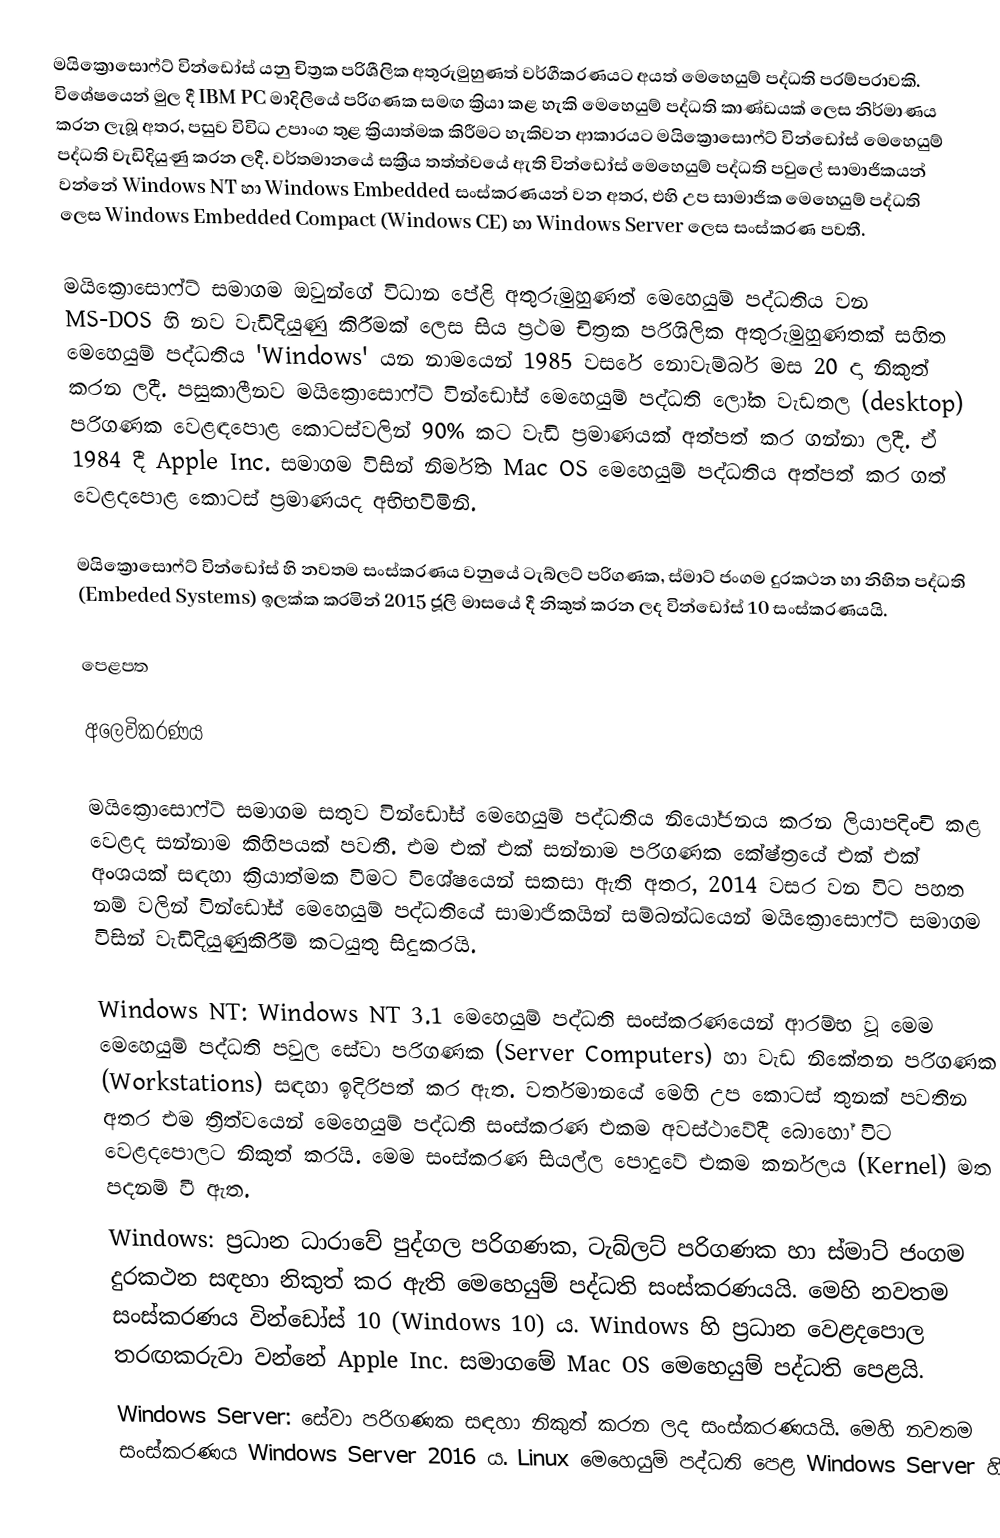
මයික්‍රොසොෆ්ට් වින්ඩෝස් යනු චිත්‍රක පරිශීලික අතුරුමුහුණත් වර්ගීකරණයට අයත් මෙහෙයුම් පද්ධති පරම්පරාවකි. විශේෂයෙන් මුල දී IBM PC මාදිලියේ පරිගණක සමඟ ක්‍රියා කළ හැකි මෙහෙයුම් පද්ධති කාණ්ඩයක් ලෙස නිර්මාණය කරන ලැබූ අතර, පසුව විවිධ උපාංග තුළ ක්‍රියාත්මක කිරීමට හැකිවන ආකාරයට මයික්‍රොසොෆ්ට් වින්ඩෝස් මෙහෙයුම් පද්ධති වැඩිදියුණු කරන ලදී. වර්තමානයේ සක්‍රීය තත්ත්වයේ ඇති වින්ඩෝස් මෙහෙයුම් පද්ධති පවුලේ සාමාජිකයන් වන්නේ Windows NT හා Windows Embedded සංස්කරණයන් වන අතර, එහි උප සාමාජික මෙහෙයුම් පද්ධති ලෙස Windows Embedded Compact (Windows CE) හා Windows Server ලෙස සංස්කරණ පවතී.

මයික්‍රොසොෆ්ට් සමාගම ඔවුන්ගේ විධාන පේළි අතුරුමුහුණත් මෙහෙයුම් පද්ධතිය වන MS-DOS හි නව වැඩිදියුණු කිරීමක් ලෙස සිය ප්‍රථම චිත්‍රක පරිශිලික අතුරුමුහුණතක් සහිත මෙහෙයුම් පද්ධතිය 'Windows' යන නාමයෙන් 1985 වසරේ නොවැම්බර් මස 20 දා නිකුත් කරන ලදී. පසුකාලීනව මයික්‍රොසොෆ්ට් වින්ඩෝස් මෙහෙයුම් පද්ධති ලෝක වැඩතල (desktop) පරිගණක වෙළඳපොළ කොටස්වලින් 90% කට වැඩි ප්‍රමාණයක් අත්පත් කර ගන්නා ලදී. ඒ 1984 දී Apple Inc. සමාගම විසින් නිර්මිත Mac OS මෙහෙයුම් පද්ධතිය අත්පත් කර ගත් වෙළදපොළ කොටස් ප්‍රමාණයද අභිභවිමිනි.

මයික්‍රොසොෆ්ට් වින්ඩෝස් හි නවතම සංස්කරණය වනුයේ ටැබ්ලට් පරිගණක, ස්මාට් ජංගම දුරකථන හා නිහිත පද්ධති (Embeded Systems) ඉලක්ක කරමින් 2015 ජූලි මාසයේ දී නිකුත් කරන ලද වින්ඩෝස් 10 සංස්කරණයයි.

පෙළපත

අලෙවිකරණය

මයික්‍රොසොෆ්ට් සමාගම සතුව වින්ඩෝස් මෙහෙයුම් පද්ධතිය නියෝජනය කරන ලියාපදිංචි කළ වෙළද සන්නාම කිහිපයක් පවතී. එම එක් එක් සන්නාම පරිගණක කේෂ්ත්‍රයේ එක් එක් අංශයක් සඳහා ක්‍රියාත්මක වීමට විශේෂයෙන් සකසා ඇති අතර, 2014 වසර වන විට පහත නම් වලින් වින්ඩෝස් මෙහෙයුම් පද්ධතියේ සාමාජිකයින් සම්බන්ධයෙන් මයික්‍රොසොෆ්ට් සමාගම විසින් වැඩිදියුණුකිරීම් කටයුතු සිදුකරයි.

 Windows NT: Windows NT 3.1 මෙහෙයුම් පද්ධති සංස්කරණයෙන් ආරම්භ වූ මෙම මෙහෙයුම් පද්ධති පවුල සේවා පරිගණක (Server Computers) හා වැඩ නිකේතන පරිගණක (Workstations) සඳහා ඉදිරිපත් කර ඇත. වර්තමානයේ මෙහි උප කොටස්  තුනක් පවතින අතර එම ත්‍රිත්වයෙන් මෙහෙයුම් පද්ධති සංස්කරණ එකම අවස්ථාවේදී බොහෝ විට වෙළදපොලට  නිකුත් කරයි. මෙම සංස්කරණ සියල්ල පොදුවේ එකම කර්නලය (Kernel) මත පදනම් වී ඇත.
 Windows: ප්‍රධාන ධාරාවේ පුද්ගල පරිගණක, ටැබ්ලට් පරිගණක හා ස්මාට් ජංගම දුරකථන සඳහා නිකුත් කර ඇති මෙහෙයුම් පද්ධති සංස්කරණයයි. මෙහි නවතම සංස්කරණය වින්ඩෝස් 10 (Windows 10) ය. Windows හි ප්‍රධාන වෙළදපොල තරඟකරුවා වන්නේ Apple Inc. සමාගමේ Mac OS මෙහෙයුම් පද්ධති පෙළයි.
 Windows Server: සේවා පරිගණක සඳහා නිකුත් කරන ලද සංස්කරණයයි. මෙහි නවතම සංස්කරණය Windows Server 2016 ය. Linux මෙහෙයුම් පද්ධති පෙළ Windows Server හි